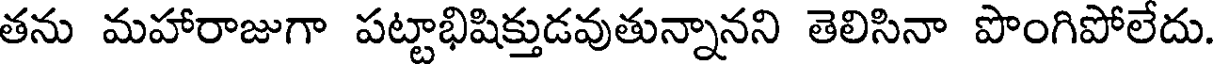
తను మహారాజుగా పట్టాభిషిక్తుడవుతున్నానని తెలిసినా పొంగిపోలేదు.